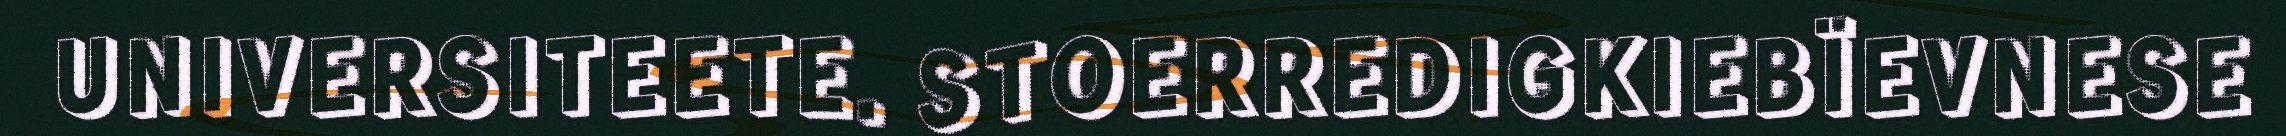
UNIVERSITEETE. STOERREDIGKIEBÏEVNESE